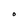
Character: O